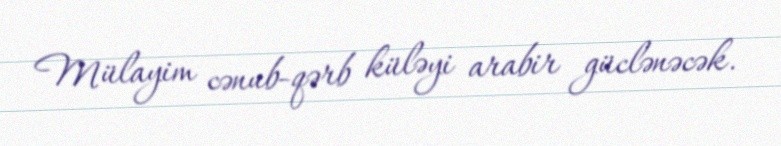
Mülayim cənub-qərb küləyi arabir güclənəcək.